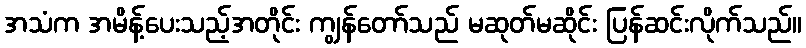
အသံက အမိန့်ပေးသည့်အတိုင်း ကျွန်တော်သည် မဆုတ်မဆိုင်း ပြန်ဆင်းလိုက်သည်။